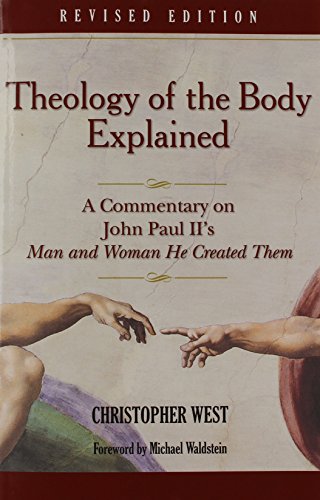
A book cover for Theology of the Body Explained: A Commentary on John Paul II's Man and Woman He Created Them; Christopher West.; Christian Books & Bibles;